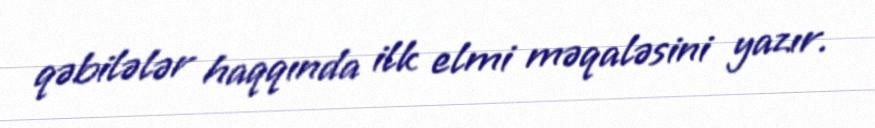
qəbilələr haqqında ilk elmi məqaləsini yazır.